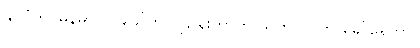
နိုင်ငံကို မြန်မာ လို.ခေါ်ဘို.ပြဌာန်းတာကို သူက လို.ဘဲ ခေါ်နေတာ။